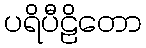
ပရိပီဠိတော